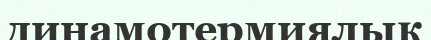
динамотермиялық